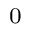
_ { 0 }